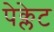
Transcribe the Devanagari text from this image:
पेक्लेट